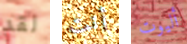
لقد أنت أليوت